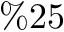
\% 2 5